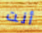
أنت